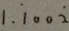
1 . \dot { 1 } 0 0 \dot { 2 }